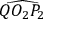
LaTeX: \widehat { Q O _ { 2 } P _ { 2 } }